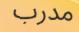
مدرب